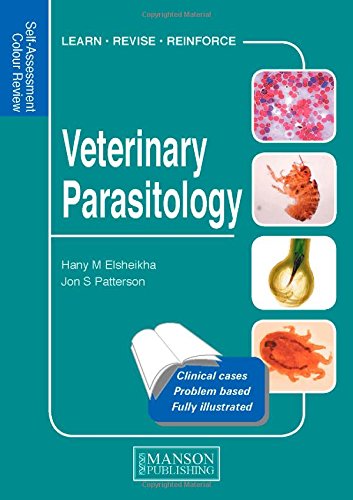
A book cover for Veterinary Parasitology: Self-Assessment Color Review (Veterinary Self-Assessment Color Review Series); Hany Elsheikha; Medical Books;